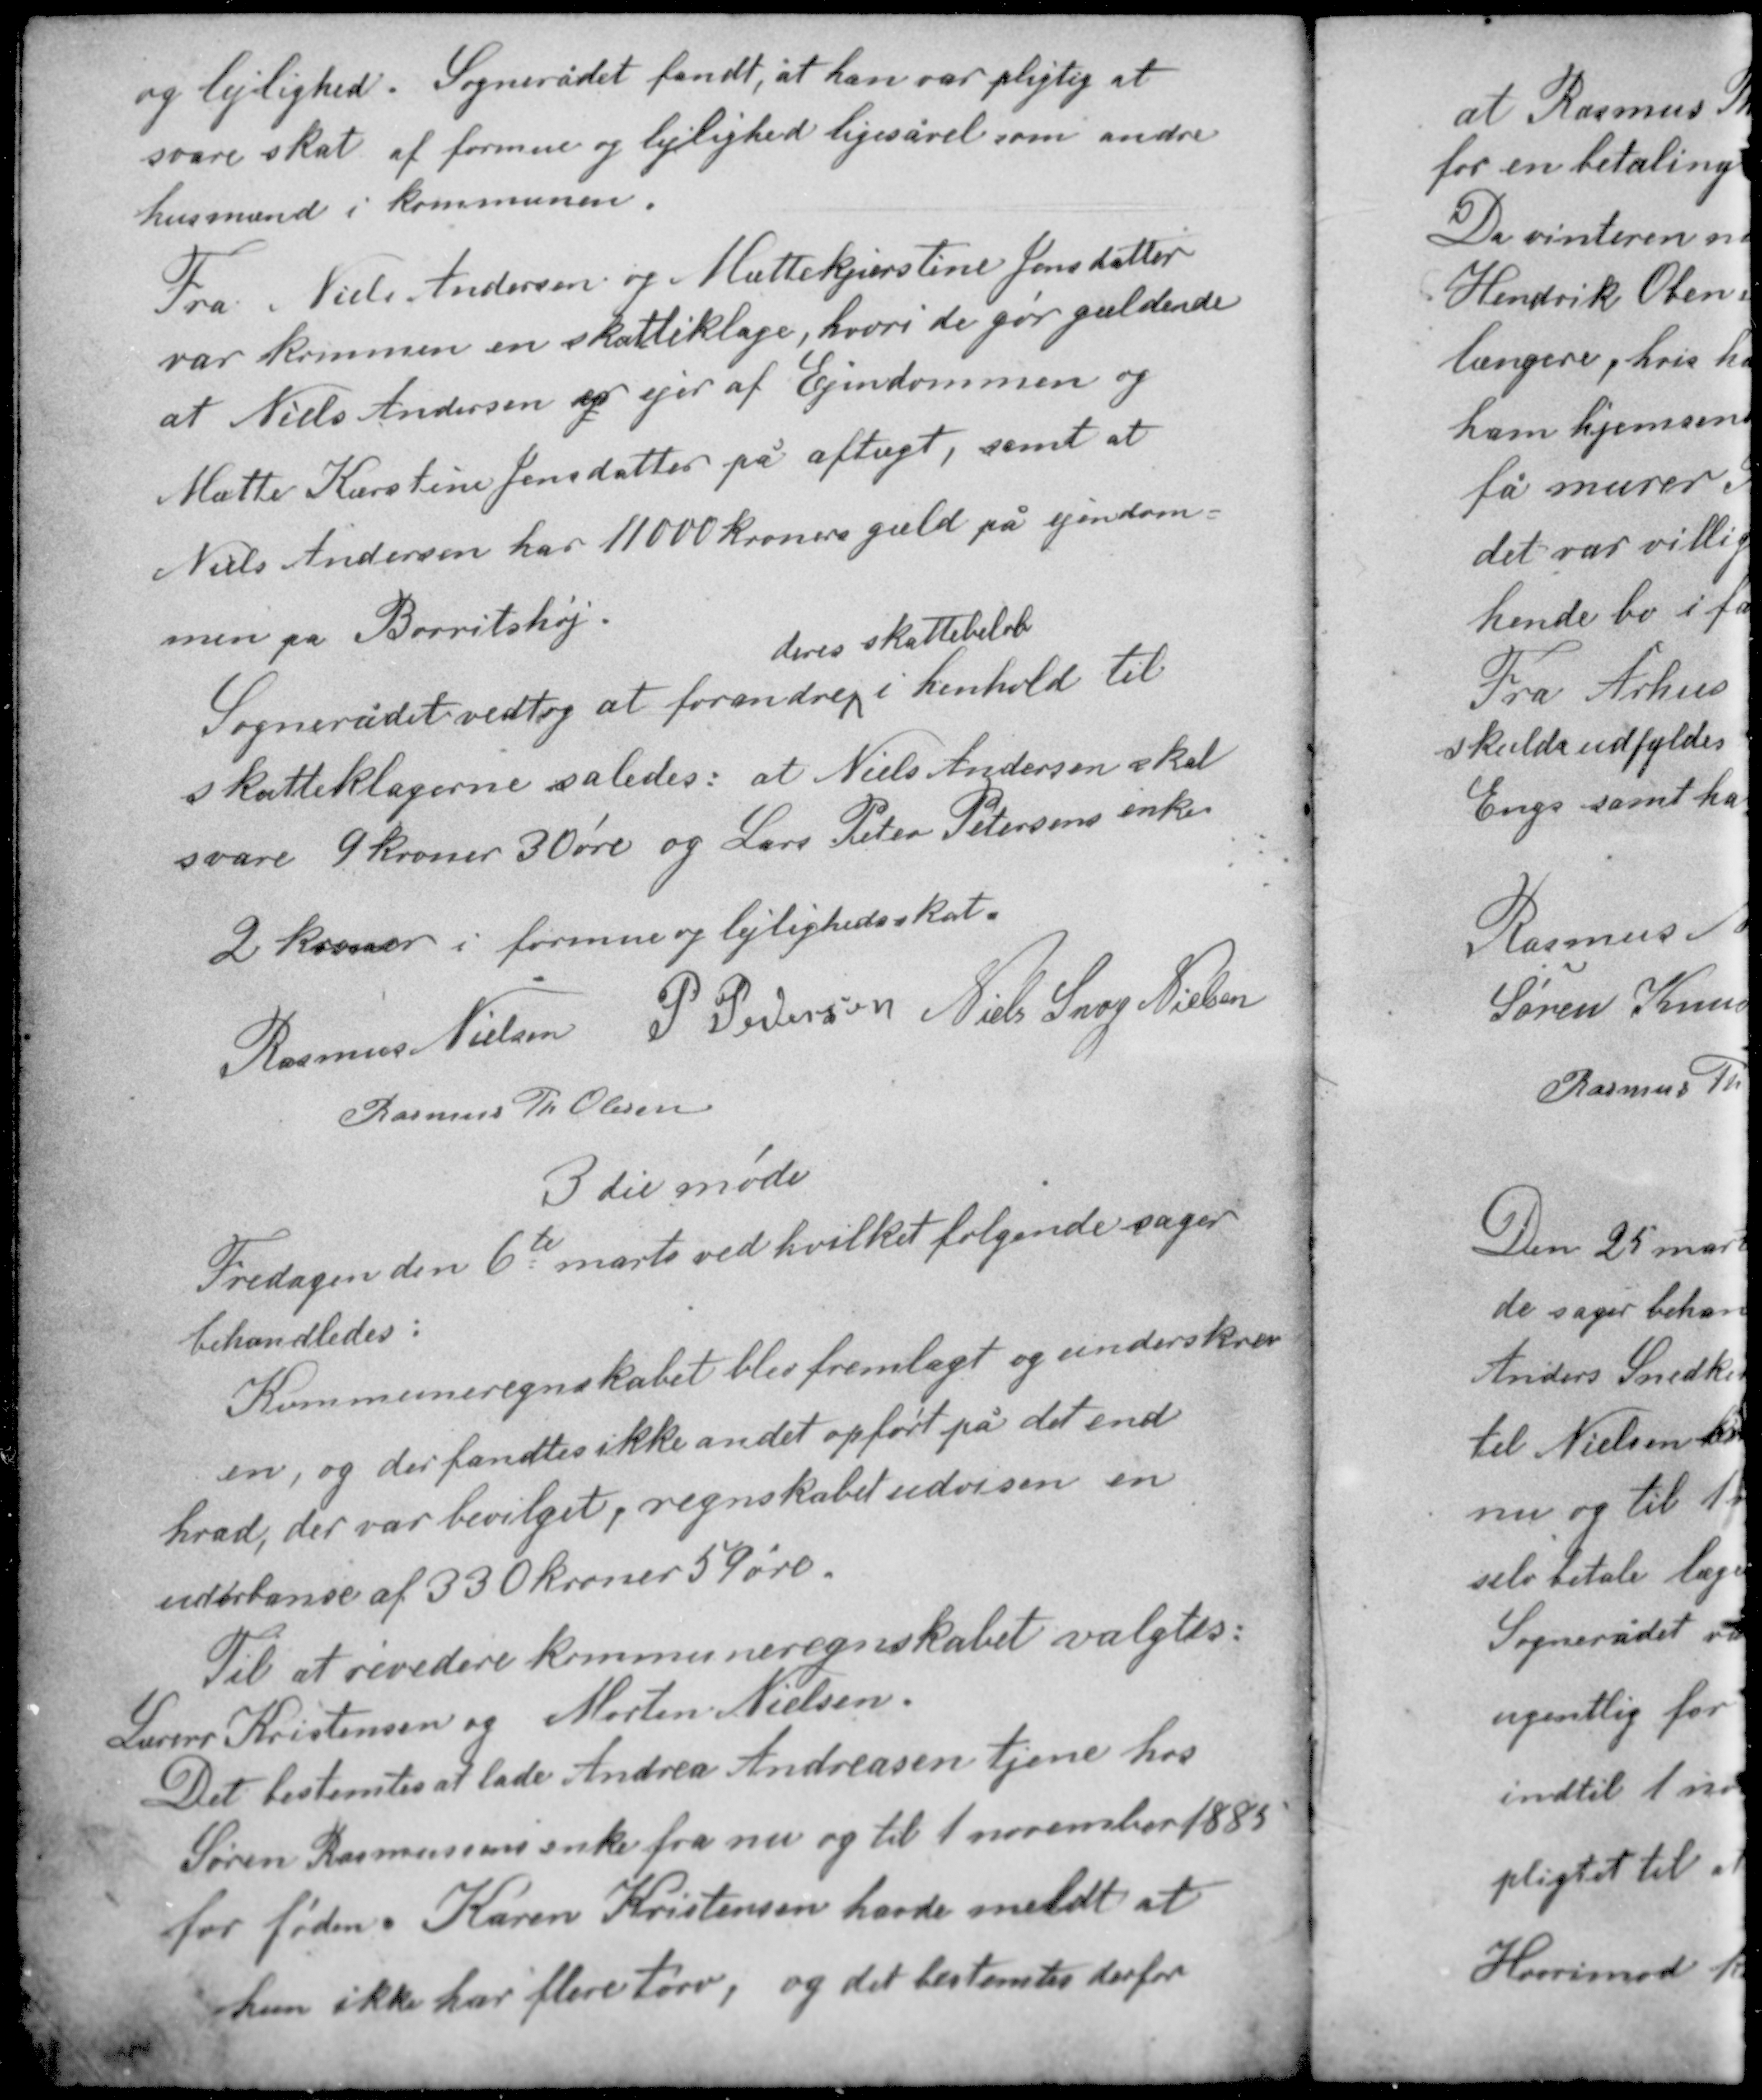
Transskription:
og lejlighed. Sognerådet fandt, at han var pligtig at
svare skat af formue og lejlighed ligesåvel som andre
husmænd i kommunen.

Fra Niels Andersen og Muttekjerstine Jensdatter
var kommen en skatteklage, hvori de gør gældende
at Niels Andersen er ejer af Ejendommen og
Mutte Kærstine Jensdatter på aftægt, samt at
Niels Andersen har 11000 kroners gæld på ejendom-
men på Borritshøj

deres skattebeløb
Sognerådet vedtog at forandre i henhold til
skatteklagerne således: at Niels Andersen skal
svare 9 kroner 30 øre og Lars Peter Petersens enke
2 kroner i formue og lejlighedsskat.

Rasmus Nielsen P. Pedersen Niels Snog Nielsen
Rasmus Th Olesen

3die møde

Fredagen den 6te marts ved hvilket følgende sager
behandledes:

Kommuneregnskabet blev fremlagt og underskrev-
en, og der fandtes ikke andet opført på det end
hvad, der var bevilget, regnskabet udviser en
uderbance af 330 kroner 59 øre.

Til at revidere kommuneregnskabet valgtes:
Lærer Kristensen og Morten Nielsen.
Det bestemtes at lade Andrea Andreasen tjene hos
Søren Rasmussens enke fra nu og til 1 november 1885
for føden. Karen Kristensen havde meldt at
hun ikke har flere tørv, og det bestemtes derfor